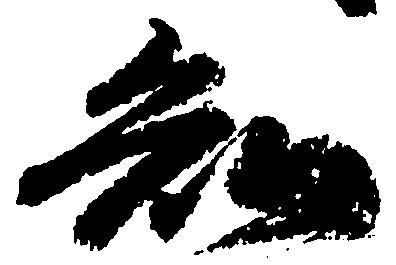
知